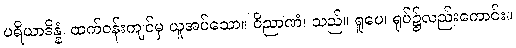
ပရိယာဒိန္နံ၊ ထက်ဝန်းကျင်မှ ယူအပ်သော။ ဝိညာဏံ၊ သည်။ ရူပေ၊ ရုပ်၌လည်းကောင်း။